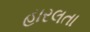
હારલતા